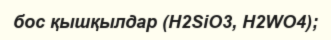
бос қышқылдар (H2SіO3, H2WO4);